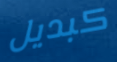
كبديل